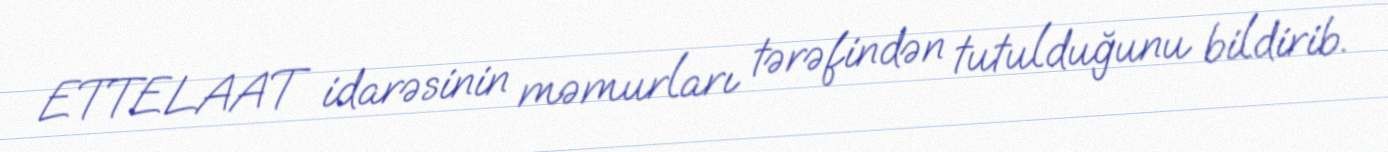
ETTELAAT idarəsinin məmurları tərəfindən tutulduğunu bildirib.